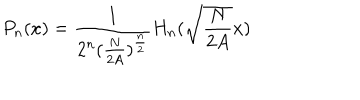
P _ { n } ( x ) = \frac { 1 } { 2 ^ { n } ( \frac { N } { 2 A } ) ^ { \frac { n } { 2 } } } H _ { n } ( \sqrt { \frac { N } { 2 A } } x )